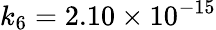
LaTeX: k_{6}=2.10\times 10^{-15}